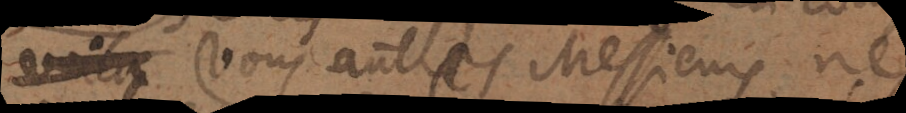
Vous autres Messieurs ne